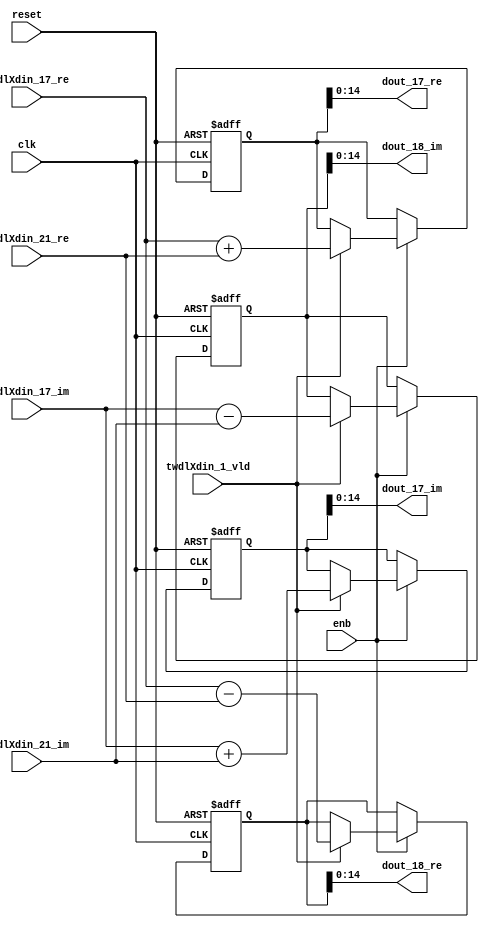
// -------------------------------------------------------------
// 
// 
// Generated by MATLAB 9.14 and HDL Coder 4.1
// 
// -------------------------------------------------------------


// -------------------------------------------------------------
// 
// Module: RADIX22FFT_SDNF1_3_block7
// Source Path: RSP/RSP/Velocity Processor/Doppler Processing/Doppler Processor/FFT/RADIX22FFT_SDNF1_3
// Hierarchy Level: 5
// 
// -------------------------------------------------------------

`timescale 1 ns / 1 ns

module RADIX22FFT_SDNF1_3_block7
          (clk,
           reset,
           enb,
           twdlXdin_17_re,
           twdlXdin_17_im,
           twdlXdin_21_re,
           twdlXdin_21_im,
           twdlXdin_1_vld,
           dout_17_re,
           dout_17_im,
           dout_18_re,
           dout_18_im);


  input   clk;
  input   reset;
  input   enb;
  input   signed [14:0] twdlXdin_17_re;  // sfix15_En10
  input   signed [14:0] twdlXdin_17_im;  // sfix15_En10
  input   signed [14:0] twdlXdin_21_re;  // sfix15_En10
  input   signed [14:0] twdlXdin_21_im;  // sfix15_En10
  input   twdlXdin_1_vld;
  output  signed [14:0] dout_17_re;  // sfix15_En10
  output  signed [14:0] dout_17_im;  // sfix15_En10
  output  signed [14:0] dout_18_re;  // sfix15_En10
  output  signed [14:0] dout_18_im;  // sfix15_En10


  reg signed [15:0] Radix22ButterflyG1_NF_btf1_re_reg;  // sfix16
  reg signed [15:0] Radix22ButterflyG1_NF_btf1_im_reg;  // sfix16
  reg signed [15:0] Radix22ButterflyG1_NF_btf2_re_reg;  // sfix16
  reg signed [15:0] Radix22ButterflyG1_NF_btf2_im_reg;  // sfix16
  reg  Radix22ButterflyG1_NF_dinXtwdl_vld_dly1;
  reg signed [15:0] Radix22ButterflyG1_NF_btf1_re_reg_next;  // sfix16_En10
  reg signed [15:0] Radix22ButterflyG1_NF_btf1_im_reg_next;  // sfix16_En10
  reg signed [15:0] Radix22ButterflyG1_NF_btf2_re_reg_next;  // sfix16_En10
  reg signed [15:0] Radix22ButterflyG1_NF_btf2_im_reg_next;  // sfix16_En10
  reg  Radix22ButterflyG1_NF_dinXtwdl_vld_dly1_next;
  reg signed [14:0] dout_17_re_1;  // sfix15_En10
  reg signed [14:0] dout_17_im_1;  // sfix15_En10
  reg signed [14:0] dout_18_re_1;  // sfix15_En10
  reg signed [14:0] dout_18_im_1;  // sfix15_En10
  reg  dout_17_vld;
  reg signed [15:0] Radix22ButterflyG1_NF_add_cast;  // sfix16_En10
  reg signed [15:0] Radix22ButterflyG1_NF_add_cast_0;  // sfix16_En10
  reg signed [15:0] Radix22ButterflyG1_NF_sub_cast;  // sfix16_En10
  reg signed [15:0] Radix22ButterflyG1_NF_sub_cast_0;  // sfix16_En10
  reg signed [15:0] Radix22ButterflyG1_NF_add_cast_1;  // sfix16_En10
  reg signed [15:0] Radix22ButterflyG1_NF_add_cast_2;  // sfix16_En10
  reg signed [15:0] Radix22ButterflyG1_NF_sub_cast_1;  // sfix16_En10
  reg signed [15:0] Radix22ButterflyG1_NF_sub_cast_2;  // sfix16_En10


  // Radix22ButterflyG1_NF
  always @(posedge clk or posedge reset)
    begin : Radix22ButterflyG1_NF_process
      if (reset == 1'b1) begin
        Radix22ButterflyG1_NF_btf1_re_reg <= 16'sb0000000000000000;
        Radix22ButterflyG1_NF_btf1_im_reg <= 16'sb0000000000000000;
        Radix22ButterflyG1_NF_btf2_re_reg <= 16'sb0000000000000000;
        Radix22ButterflyG1_NF_btf2_im_reg <= 16'sb0000000000000000;
        Radix22ButterflyG1_NF_dinXtwdl_vld_dly1 <= 1'b0;
      end
      else begin
        if (enb) begin
          Radix22ButterflyG1_NF_btf1_re_reg <= Radix22ButterflyG1_NF_btf1_re_reg_next;
          Radix22ButterflyG1_NF_btf1_im_reg <= Radix22ButterflyG1_NF_btf1_im_reg_next;
          Radix22ButterflyG1_NF_btf2_re_reg <= Radix22ButterflyG1_NF_btf2_re_reg_next;
          Radix22ButterflyG1_NF_btf2_im_reg <= Radix22ButterflyG1_NF_btf2_im_reg_next;
          Radix22ButterflyG1_NF_dinXtwdl_vld_dly1 <= Radix22ButterflyG1_NF_dinXtwdl_vld_dly1_next;
        end
      end
    end

  always @(Radix22ButterflyG1_NF_btf1_im_reg, Radix22ButterflyG1_NF_btf1_re_reg,
       Radix22ButterflyG1_NF_btf2_im_reg, Radix22ButterflyG1_NF_btf2_re_reg,
       Radix22ButterflyG1_NF_dinXtwdl_vld_dly1, twdlXdin_17_im, twdlXdin_17_re,
       twdlXdin_1_vld, twdlXdin_21_im, twdlXdin_21_re) begin
    Radix22ButterflyG1_NF_add_cast = 16'sb0000000000000000;
    Radix22ButterflyG1_NF_add_cast_0 = 16'sb0000000000000000;
    Radix22ButterflyG1_NF_sub_cast = 16'sb0000000000000000;
    Radix22ButterflyG1_NF_sub_cast_0 = 16'sb0000000000000000;
    Radix22ButterflyG1_NF_add_cast_1 = 16'sb0000000000000000;
    Radix22ButterflyG1_NF_add_cast_2 = 16'sb0000000000000000;
    Radix22ButterflyG1_NF_sub_cast_1 = 16'sb0000000000000000;
    Radix22ButterflyG1_NF_sub_cast_2 = 16'sb0000000000000000;
    Radix22ButterflyG1_NF_btf1_re_reg_next = Radix22ButterflyG1_NF_btf1_re_reg;
    Radix22ButterflyG1_NF_btf1_im_reg_next = Radix22ButterflyG1_NF_btf1_im_reg;
    Radix22ButterflyG1_NF_btf2_re_reg_next = Radix22ButterflyG1_NF_btf2_re_reg;
    Radix22ButterflyG1_NF_btf2_im_reg_next = Radix22ButterflyG1_NF_btf2_im_reg;
    Radix22ButterflyG1_NF_dinXtwdl_vld_dly1_next = twdlXdin_1_vld;
    if (twdlXdin_1_vld) begin
      Radix22ButterflyG1_NF_add_cast = {twdlXdin_17_re[14], twdlXdin_17_re};
      Radix22ButterflyG1_NF_add_cast_0 = {twdlXdin_21_re[14], twdlXdin_21_re};
      Radix22ButterflyG1_NF_btf1_re_reg_next = Radix22ButterflyG1_NF_add_cast + Radix22ButterflyG1_NF_add_cast_0;
      Radix22ButterflyG1_NF_sub_cast = {twdlXdin_17_re[14], twdlXdin_17_re};
      Radix22ButterflyG1_NF_sub_cast_0 = {twdlXdin_21_re[14], twdlXdin_21_re};
      Radix22ButterflyG1_NF_btf2_re_reg_next = Radix22ButterflyG1_NF_sub_cast - Radix22ButterflyG1_NF_sub_cast_0;
      Radix22ButterflyG1_NF_add_cast_1 = {twdlXdin_17_im[14], twdlXdin_17_im};
      Radix22ButterflyG1_NF_add_cast_2 = {twdlXdin_21_im[14], twdlXdin_21_im};
      Radix22ButterflyG1_NF_btf1_im_reg_next = Radix22ButterflyG1_NF_add_cast_1 + Radix22ButterflyG1_NF_add_cast_2;
      Radix22ButterflyG1_NF_sub_cast_1 = {twdlXdin_17_im[14], twdlXdin_17_im};
      Radix22ButterflyG1_NF_sub_cast_2 = {twdlXdin_21_im[14], twdlXdin_21_im};
      Radix22ButterflyG1_NF_btf2_im_reg_next = Radix22ButterflyG1_NF_sub_cast_1 - Radix22ButterflyG1_NF_sub_cast_2;
    end
    dout_17_re_1 = Radix22ButterflyG1_NF_btf1_re_reg[14:0];
    dout_17_im_1 = Radix22ButterflyG1_NF_btf1_im_reg[14:0];
    dout_18_re_1 = Radix22ButterflyG1_NF_btf2_re_reg[14:0];
    dout_18_im_1 = Radix22ButterflyG1_NF_btf2_im_reg[14:0];
    dout_17_vld = Radix22ButterflyG1_NF_dinXtwdl_vld_dly1;
  end



  assign dout_17_re = dout_17_re_1;

  assign dout_17_im = dout_17_im_1;

  assign dout_18_re = dout_18_re_1;

  assign dout_18_im = dout_18_im_1;

endmodule  // RADIX22FFT_SDNF1_3_block7